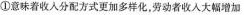
①意味着收入分配方式更加多样化，劳动者收入大幅增加